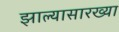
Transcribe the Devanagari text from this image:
झाल्यासारख्या